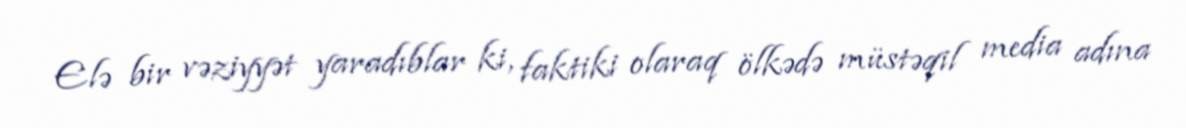
Elə bir vəziyyət yaradıblar ki, faktiki olaraq ölkədə müstəqil media adına